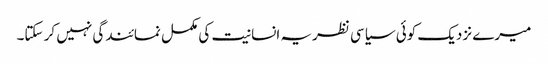
میرے نزدیک کوئی سیاسی نظریہ انسانیت کی مکمل نمائندگی نہیں کر سکتا۔